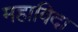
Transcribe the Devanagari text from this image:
महाविदा